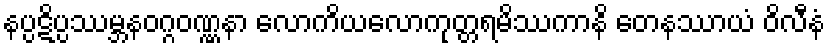
နပ္ပဋိပ္ပဿမ္ဘနဝဂ္ဂဝဏ္ဏနာ လောကိယလောကုတ္တရမိဿကာနိ တေနဿာယံ ဝိလီနံ